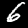
Digit: 6